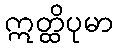
ဣတ္ထိပုမာ